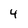
Character: 4